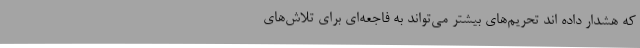
که هشدار داده اند تحریم‌های بیشتر می‌تواند به فاجعه‌ای برای تلاش‌های